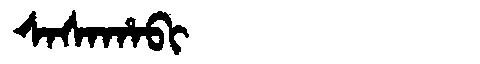
Manchu: ᠰᠠᠰᠠᡥᠠᠪᡳ
Romanization: SASAHABI